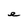
Character: e